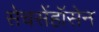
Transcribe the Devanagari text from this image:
सेचसेंहॉसेन